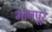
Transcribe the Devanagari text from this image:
मानपूर